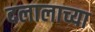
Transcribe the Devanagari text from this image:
दलालाच्या